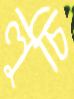
লুচি